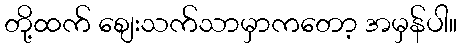
တို့ထက် စျေးသက်သာမှာကတော့ အမှန်ပါ။